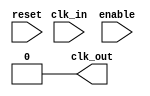
module ClockDividerBuffer #(
    parameter N = 2 // Division factor, must be greater than 1
) (
    input wire clk_in,     // Input clock signal
    input wire enable,     // Enable signal
    input wire reset,      // Asynchronous reset signal
    output reg clk_out     // Output clock signal
);

    reg [31:0] counter;    // Counter to keep track of clock cycles
    reg [31:0] threshold;  // Threshold value for comparison

    // Initialize the threshold value
    initial begin
        threshold = N - 1; // Set threshold to N-1, as we count from 0 to N-1
        clk_out = 0;       // Initialize output clock to low
        counter = 0;       // Initialize counter
    end

    // Asynchronous reset logic
    always @(posedge reset) begin
        clk_out <= 0;      // Reset output clock
        counter <= 0;      // Reset counter
    end

    // Clock divider logic
    always @(posedge clk_in) begin
        if (reset) begin
            // Reset conditions already handled
        end else if (enable) begin
            if (counter == threshold) begin
                clk_out <= ~clk_out; // Toggle the output clock
                counter <= 0;         // Reset the counter
            end else begin
                counter <= counter + 1; // Increment the counter
            end
        end
    end
endmodule